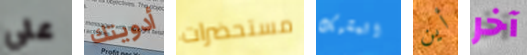
علي أدويتك مستحضرات المشبك أين آخر